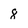
Character: 8